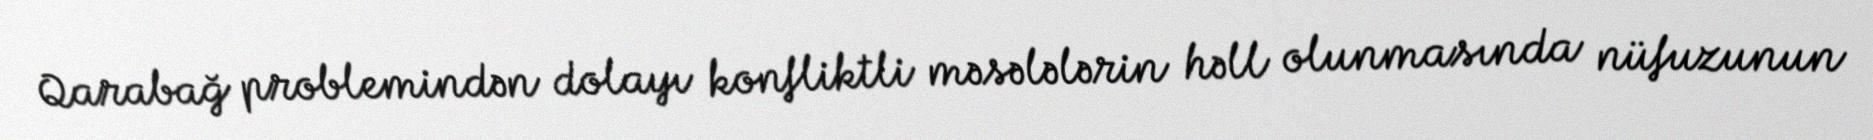
Qarabağ problemindən dolayı konfliktli məsələlərin həll olunmasında nüfuzunun